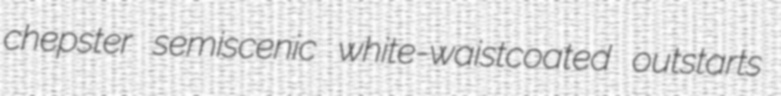
chepster semiscenic white-waistcoated outstarts